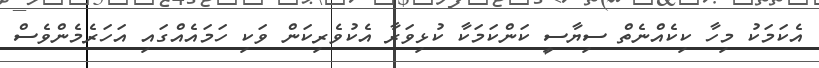
އެކަމަކު މިހާ ކިކެއްނެތް ސިޔާސީ ކަންކަމަކާ ކުޅިވަރާ އެކުވެރިކަން ވަކި ހަމައެއްގައި އަހަރެމެންވެސް